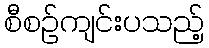
စီစဉ်ကျင်းပသည့်